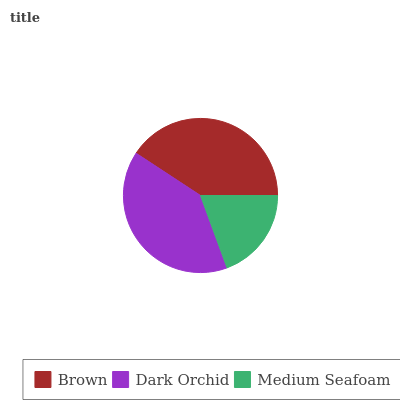
| Brown | Dark Orchid | Medium Seafoam |
 | --- | --- | --- |
 | 40.8% | 39.8% | 19.4% |